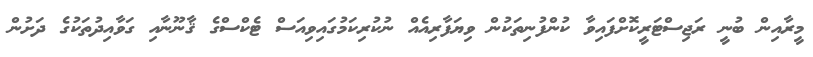
މީރާއިން ބުނީ ރަޖިސްޓަރީކޮށްފައިވާ ކުންފުނިތަކުން ވިޔަފާރިއެއް ނުކުރިކަމުގައިވިއަސް ޓެކްސްގެ ޤާނޫނާއި ގަވާއިދުތަކުގެ ދަށުން